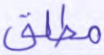
مطلق